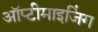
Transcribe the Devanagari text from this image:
ऑप्टीमाइजिंग